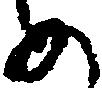
め